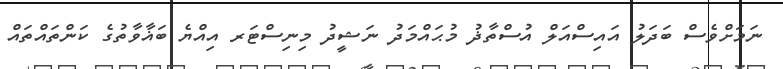
ނަމަށްވެސް ބަދަލު އައިސްއަލް އުސްތާޛު މުޙައްމަދު ނަޝީދު މިނިސްޓަރ އިއްޔެ ބަޣާވާތުގެ ކަންތައްތައް